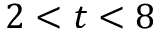
2 < t < 8